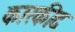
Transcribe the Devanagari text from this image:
कारकीद